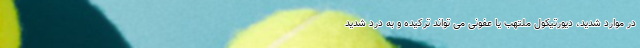
در موارد شدید، دیورتیکول ملتهب یا عفونی می تواند ترکیده و به درد شدید